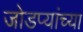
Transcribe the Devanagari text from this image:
जोडप्यांच्या